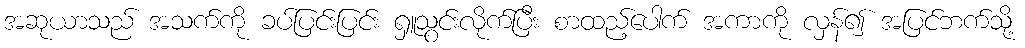
အဆုယာသည် အသက်ကို ခပ်ပြင်းပြင်း ရှူသွင်းလိုက်ပြီး စာထည့်ပေါက် အကာကို လှန်၍ အပြင်ဘက်သို့